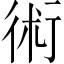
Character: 術